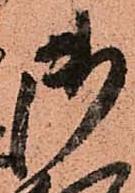
御